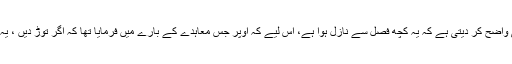
یہاں سے دوسرا شروع ہوتا ہے جس کی پہلی آیت ہی واضح کر دیتی ہے کہ یہ کچھ فصل سے نازل ہوا ہے، اِس لیے کہ اوپر جس معاہدے کے بارے میں فرمایا تھا کہ اگر توڑ دیں ، یہ آیت بتا رہی ہے کہ وہ معاہدہ قریش نے توڑ دیا ہے۔